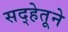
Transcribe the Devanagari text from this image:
सद्हेतूने